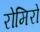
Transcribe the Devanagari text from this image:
रोमिरो